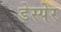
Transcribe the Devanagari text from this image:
डेस्पेर